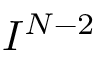
I ^ { N - 2 }